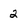
Character: 2